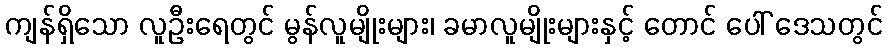
ကျန်ရှိသော လူဦးရေတွင် မွန်လူမျိုးများ၊ ခမာလူမျိုးများနှင့် တောင် ပေါ် ဒေသတွင်